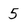
Character: 5